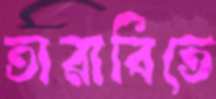
তারাবিতে